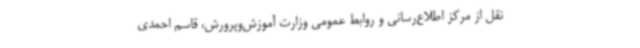
نقل از مرکز اطلاع‌رسانی و روابط عمومی وزارت آموزش‌وپرورش، قاسم احمدی